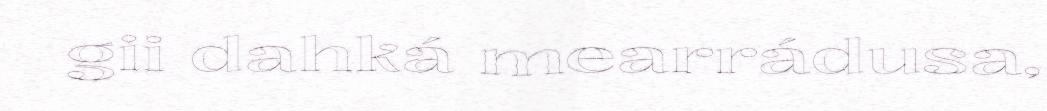
gii dahká mearrádusa,